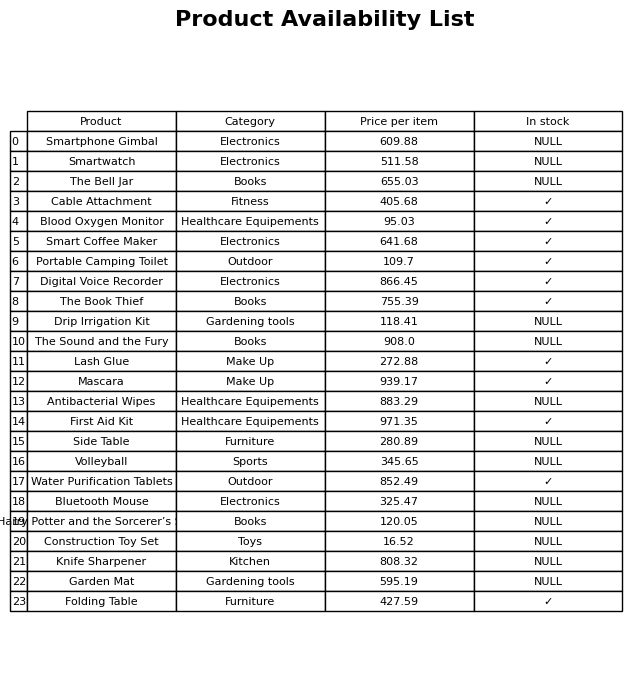
question: Which products are currently out of stock?
answer: Smartphone Gimbal, Smartwatch, The Bell Jar, Drip Irrigation Kit, The Sound and the Fury, Antibacterial Wipes, Side Table, Volleyball, Bluetooth Mouse, Harry Potter and the Sorcerer’s Stone, Construction Toy Set, Knife Sharpener, Garden Mat